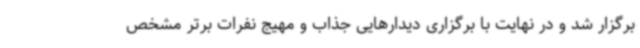
برگزار شد و در نهایت با برگزاری دیدارهایی جذاب و مهیج نفرات برتر مشخص